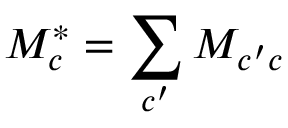
{ M } _ { c } ^ { * } = \sum _ { c ^ { \prime } } { M } _ { c ^ { \prime } c }